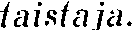
taistaja.